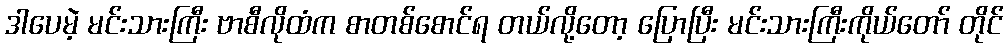
ဒါပေမဲ့ မင်းသားကြီး ဗာစီလိုထံက စာတစ်စောင်ရ တယ်လို့တော့ ပြောပြီး မင်းသားကြီးကိုယ်တော် တိုင်